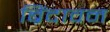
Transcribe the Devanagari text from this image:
ब्रिंदावन